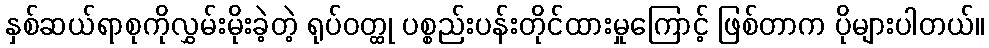
နှစ်ဆယ်ရာစုကိုလွှမ်းမိုးခဲ့တဲ့ ရုပ်ဝတ္ထု ပစ္စည်းပန်းတိုင်ထားမှုကြောင့် ဖြစ်တာက ပိုများပါတယ်။